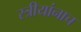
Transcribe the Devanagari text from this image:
स्त्रीयांनाच